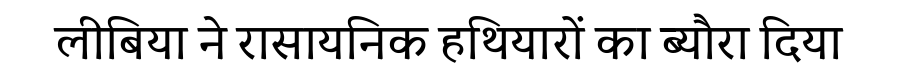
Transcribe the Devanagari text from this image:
लीबिया ने रासायनिक हथियारों का ब्यौरा दिया